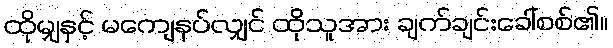
ထိုမျှနှင့် မကျေနပ်လျှင် ထိုသူအား ချက်ချင်းခေါ်စစ်၏။